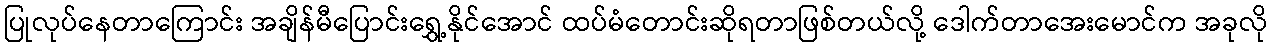
ပြုလုပ်နေတာကြောင်း အချိန်မီပြောင်းရွှေ့နိုင်အောင် ထပ်မံတောင်းဆိုရတာဖြစ်တယ်လို့ ဒေါက်တာအေးမောင်က အခုလို